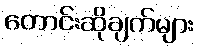
တောင်းဆိုချက်များ